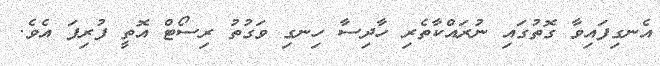
އެނގިފައިވާ ގޮތުގައި ނުރައްކާތެރި ހާދިސާ ހިނގި ވަގުތު ރިސޯޓް އޮތީ ފުރިފަ އެވެ.